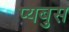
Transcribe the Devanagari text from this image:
प्यबुस